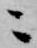
ニ